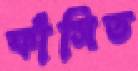
ফাঁসিত